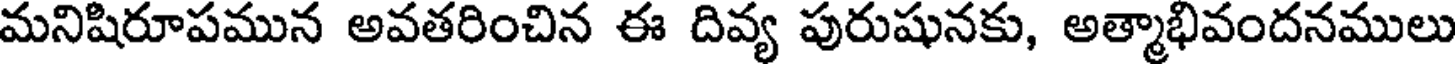
మనిషిరూపమున అవతరించిన ఈ దివ్య పురుషునకు, అత్మాభివందనములు